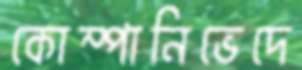
কোম্পানিভেদে